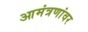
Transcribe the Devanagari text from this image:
आमंत्रणांवर